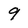
Character: 9